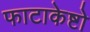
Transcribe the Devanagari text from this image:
फाटाकेष्टो